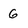
Character: 6